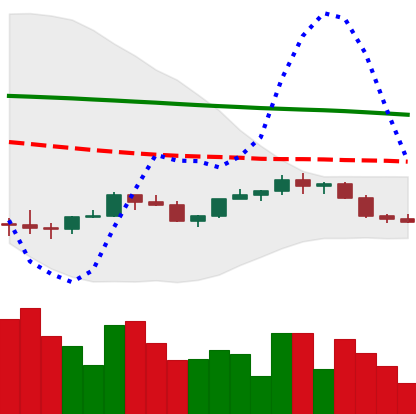
Ticker: LINK-USD
Chart end date: 2022-02-13
Forward return: -3.2%
Label: down_3_5